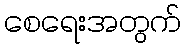
စေရေးအတွက်